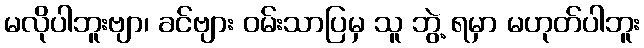
မလိုပါဘူးဗျာ၊ ခင်ဗျား ဝမ်းသာပြမှ သူ ဘွဲ့ ရမှာ မဟုတ်ပါဘူး